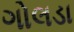
ગોલડા